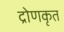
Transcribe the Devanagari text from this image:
द्रोणकृत